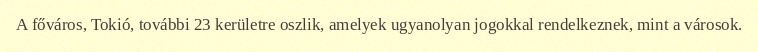
A főváros, Tokió, további 23 kerületre oszlik, amelyek ugyanolyan jogokkal rendelkeznek, mint a városok.